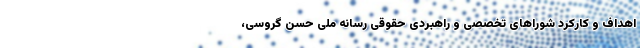
اهداف و کارکرد شوراهای تخصصی و راهبردی حقوقی رسانه ملی حسن گروسی،